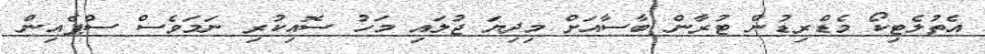
އެތުލެޓިކޯ މެޑްރިޑުން ޓުރާން ބާސާއަށް މިދިޔަ ޖުލައި މަހު ސޮއިކުރި ނަމަވެސް ސްޕެއިން